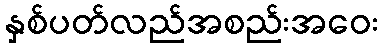
နှစ်ပတ်လည်အစည်းအဝေး